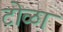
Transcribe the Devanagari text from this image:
टोळा